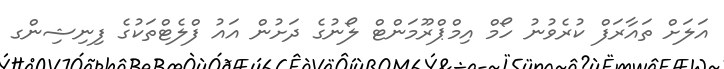
އަލަށް ތައާރަފް ކުރެވުނު ހޯމް އިމްޕްރޫމަންޓް ލޯނުގެ ދަށުން އައު ފްލެޓްތަކުގެ ފިނިޝިންގ